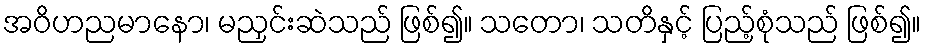
အဝိဟညမာနော၊ မညှင်းဆဲသည် ဖြစ်၍။ သတော၊ သတိနှင့် ပြည့်စုံသည် ဖြစ်၍။